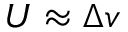
U \approx \Delta v